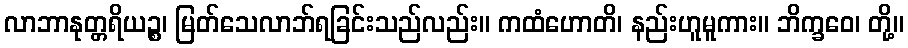
လာဘာနုတ္တရိယဉ္စ၊ မြတ်သေလာဘ်ရခြင်းသည်လည်း။ ကထံဟောတိ၊ နည်းဟူမူကား။ ဘိက္ခဝေ၊ တို့။